Report of the King Institute of Preventive Medicine, Guindy
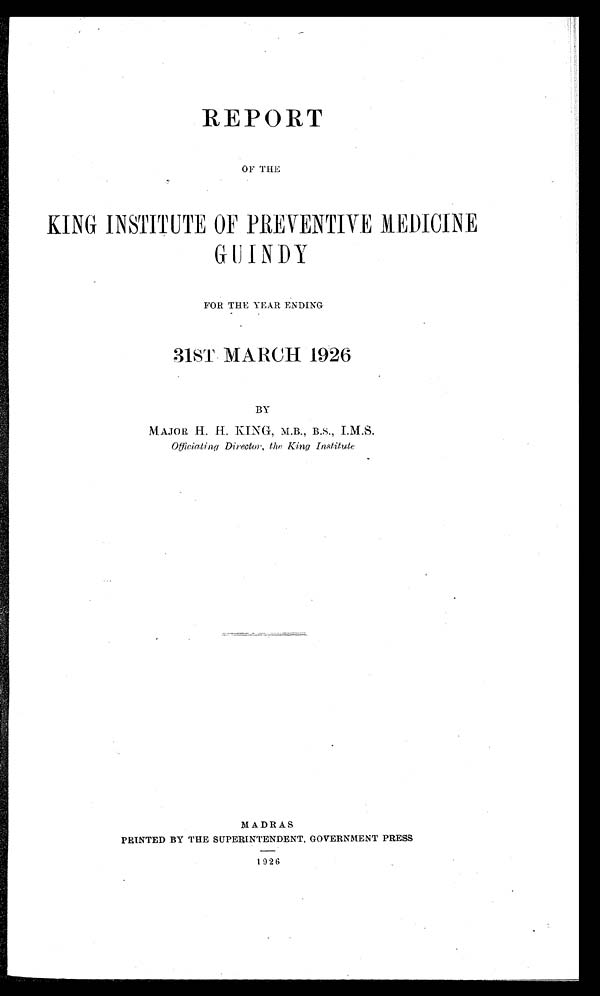
REPORT
OF THE
KING INSTITUTE OF PREVENTIVE MEDICINE
GUINDY
FOR THE YEAR ENDING
31ST MARCH 1926
BY
MAJOR H. H. KING, M.B., B.S., I.M.S.
Officiating Director, the King Institute
MADRAS
PRINTED BY THE SUPERINTENDENT, GOVERNMENT PRESS
1926